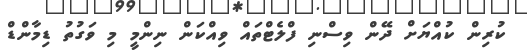
ކުރިން ކުއްޔަށް ދޭން ވިސްނި ފްލެޓްތައް ވިއްކަން ނިންމީ މި ވަގުތު ޑިމާންޑް